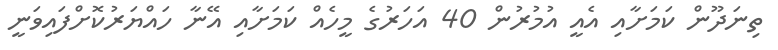
ތިނަދޫން ކަމަށާއި އެއީ އުމުރުން 40 އަހަރުގެ މީހެއް ކަމަށާއި އޭނާ ހައްޔަރުކޮށްފައިވަނީ